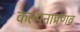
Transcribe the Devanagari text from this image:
कल्पनाप्रणव